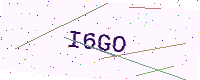
Text: I6GO